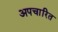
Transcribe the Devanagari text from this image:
अपचारित